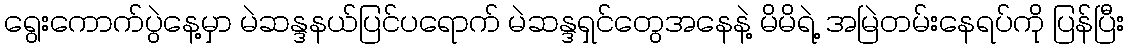
ရွေးကောက်ပွဲနေ့မှာ မဲဆန္ဒနယ်ပြင်ပရောက် မဲဆန္ဒရှင်တွေအနေနဲ့ မိမိရဲ့ အမြဲတမ်းနေရပ်ကို ပြန်ပြီး